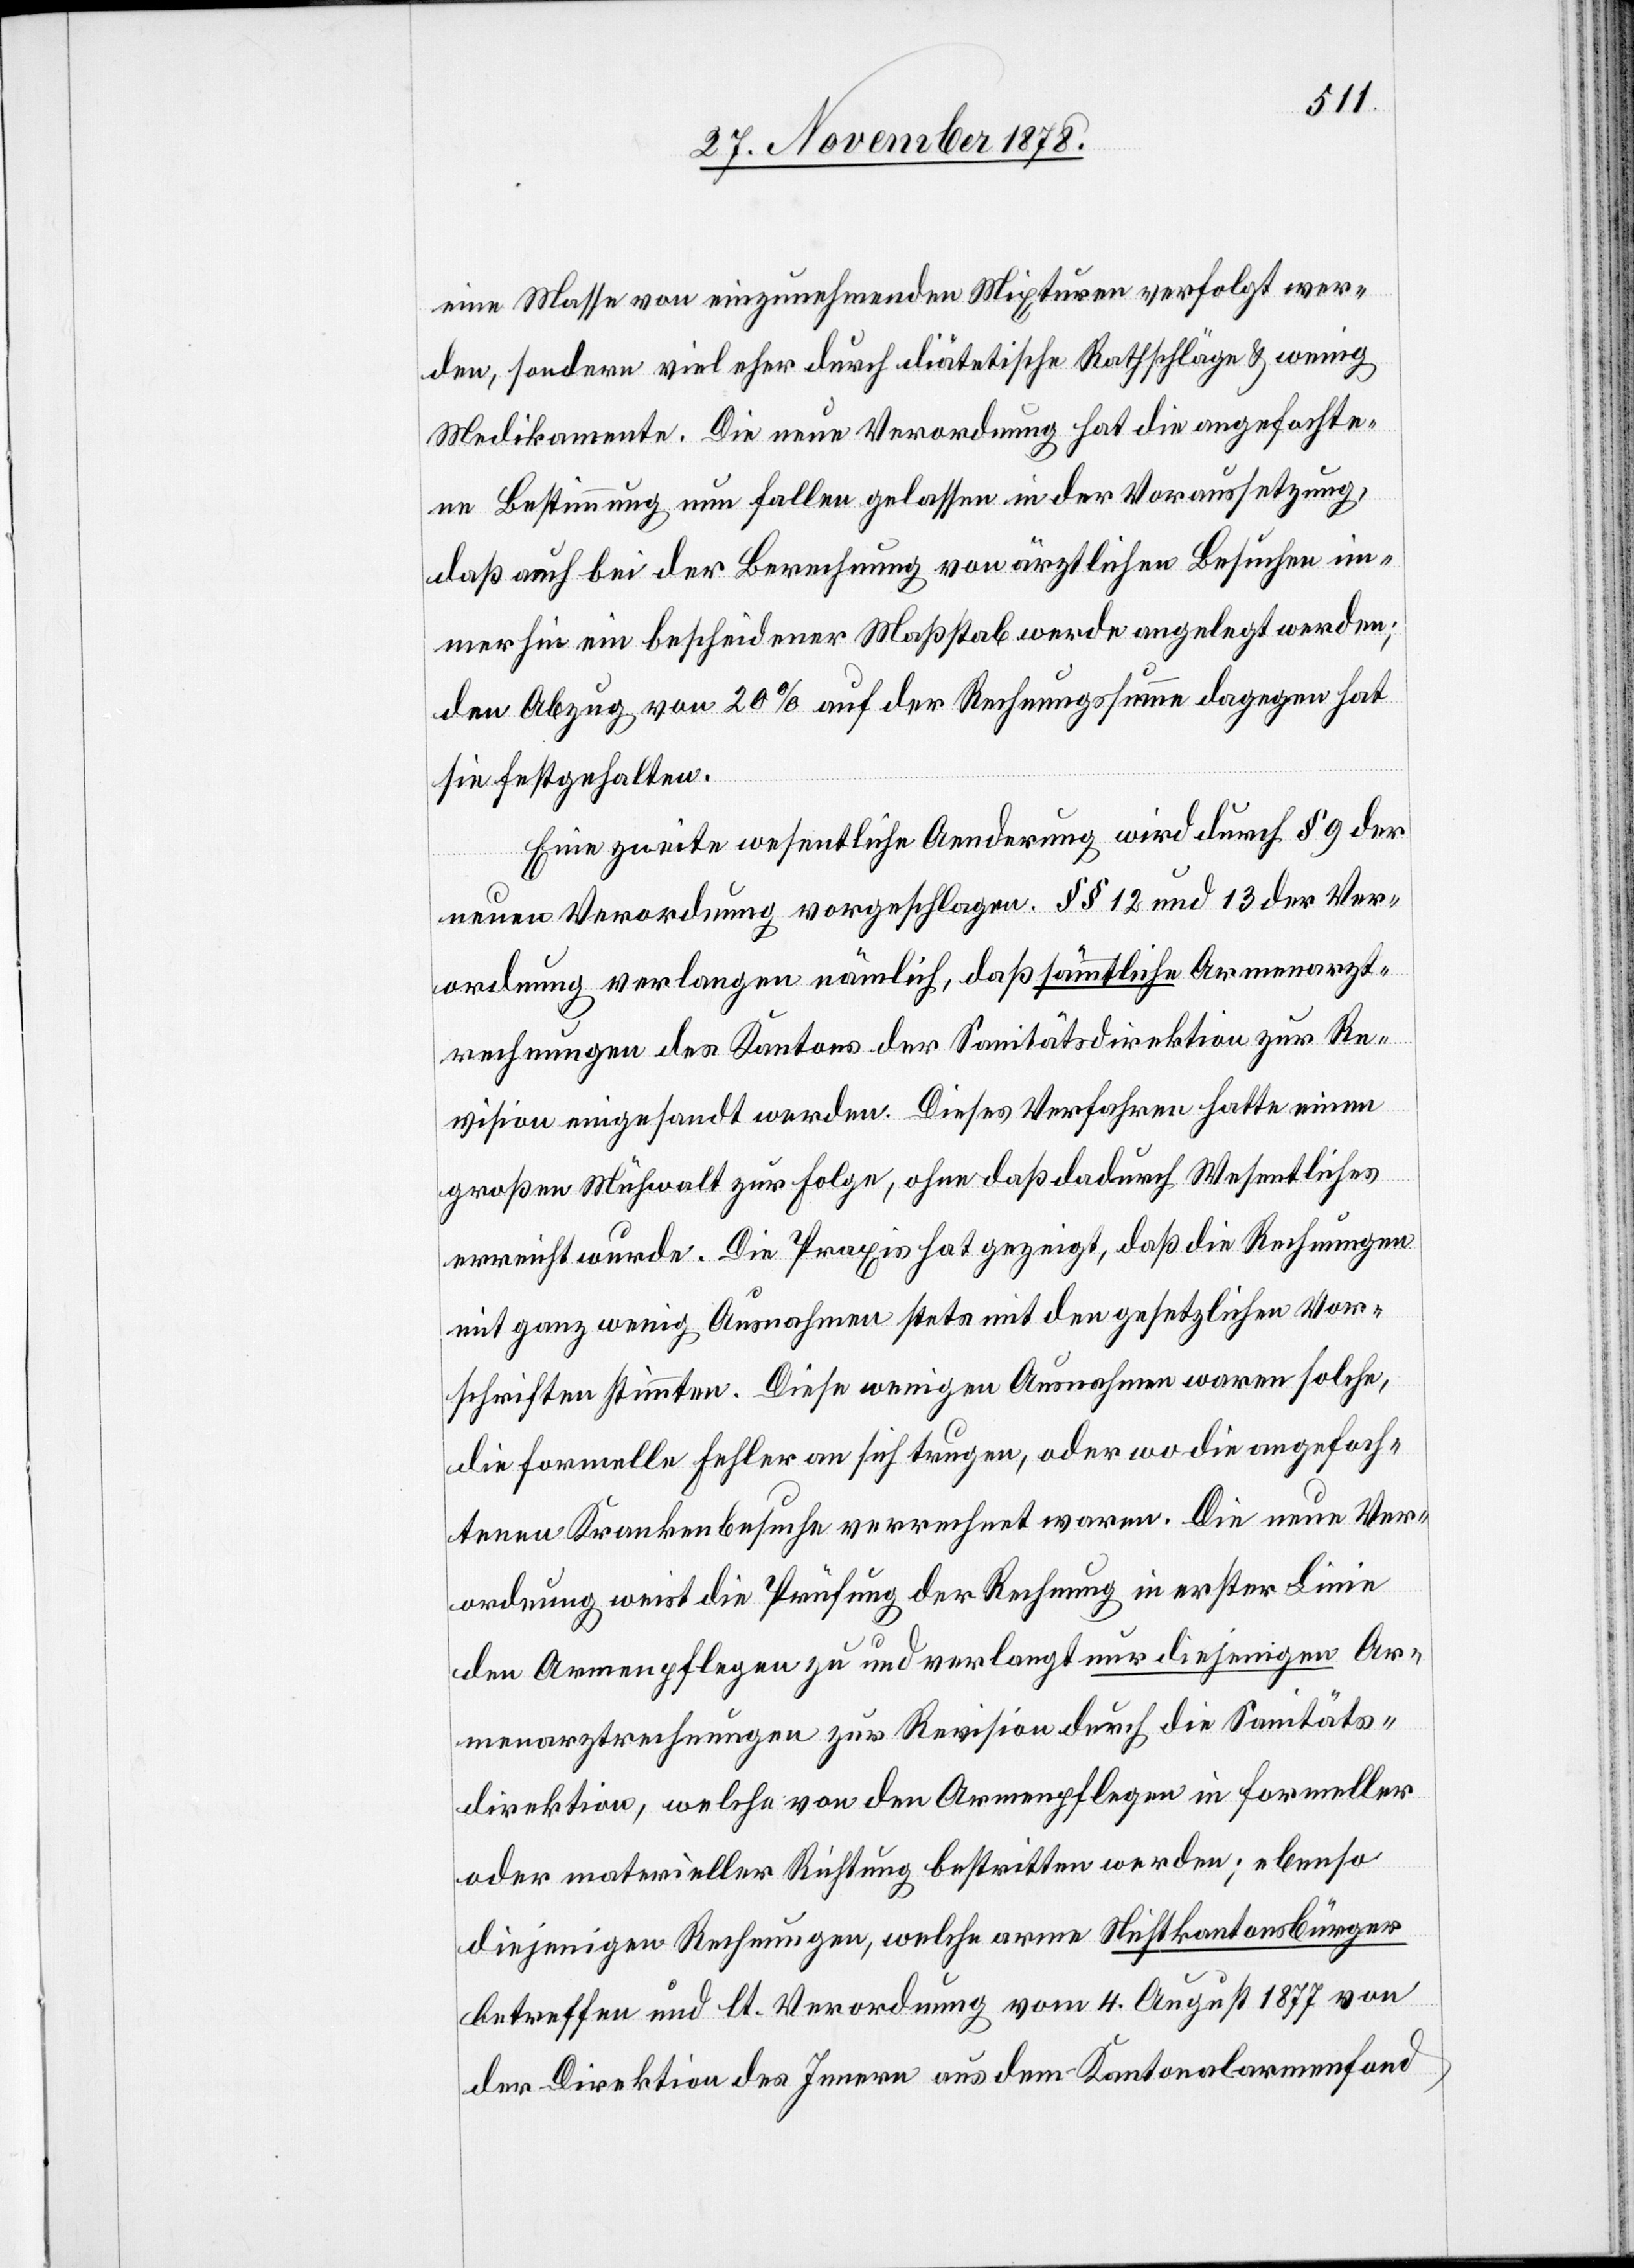
eine Masse von einzunehmenden Mixturen verfolgt wer¬
den, sondern viel eher durch diätetische Rathschläge & wenig
Medikamente. Die neue Verordnung hat die angefochte¬
ne Bestimmung nun fallen gelassen in der Voraussetzung,
daß auch bei der Berechnung von ärztlichen Besuchen im¬
merhin ein bescheidener Maßstab werde angelegt werden;
den Abzug von 20% auf der Rechnungssumme dagegen hat
sie festgehalten.
Eine zweite wesentliche Aenderung wird durch § 9 der
neuen Verordnung vorgeschlagen §§ 12 und 13 der Ver¬
ordnung verlangen nämlich, daß sämmtliche Armenarzt¬
rechnungen des Kantons der Sanitätsdirektion zur Re¬
vision eingesandt werden. Dieses Verfahren hatte einen
großen Mühwalt zur Folge, ohne daß dadurch die Rechnungen
mit ganz wenig Ausnahmen stets mit den gesetzlichen Vor¬
schriften stimmten. Diese wenigen Ausnahmen waren solche,
die formelle Fehler an sich trugen, oder wo die angefoch¬
tenen Krankenbesuche verrechnet waren. Die neue Ver¬
ordnung weist die Prüfung der Rechnung in erster Linie
den Armenpflegen zu und verlangt nur diejenigen Ar¬
menarztrechnungen zur Revision durch die Sanitäts¬
direktion, welche von den Armenpflegen in formeller
oder materieller Richtung bestritten werden; ebenso
diejenigen Rechnungen, welche arme Nichtkantonsbürger
betreffen und lt. Verordnung vom 4. August 1877 von
der Direktion des Innern aus dem Kantonalarmenfond